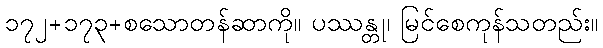
၁၇၂+၁၇၃+စသောတန်ဆာကို။ ပဿန္တု၊ မြင်စေကုန်သတည်း။